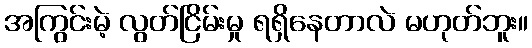
အကြွင်းမဲ့ လွတ်ငြိမ်းမှု ရရှိနေတာလဲ မဟုတ်ဘူး။